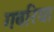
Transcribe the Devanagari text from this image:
गवरिया